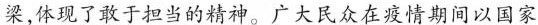
粱，体现了敢于担当的精神。广大民众在疫情期间以国家